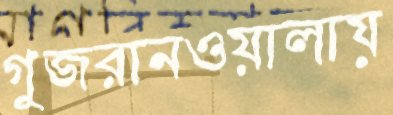
গুজরানওয়ালায়